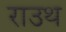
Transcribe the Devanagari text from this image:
राउथ